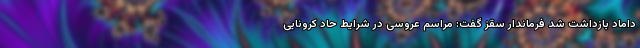
داماد بازداشت شد فرماندار سقز گفت: مراسم عروسی در شرایط حاد کرونایی